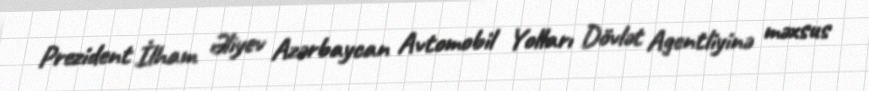
Prezident İlham Əliyev Azərbaycan Avtomobil Yolları Dövlət Agentliyinə məxsus